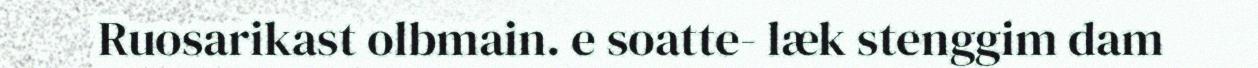
Ruosarikast olbmain. e soatte- læk stenggim dam